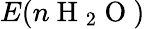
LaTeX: E(n\mathrm{~H~}_{2}\mathrm{~O~})